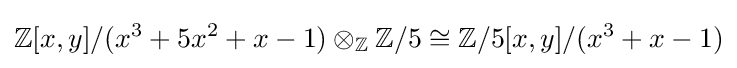
\mathbb {Z} [x,y]/(x^{3}+5x^{2}+x-1)\otimes _{\mathbb {Z} }\mathbb {Z} /5\cong \mathbb {Z} /5[x,y]/(x^{3}+x-1)